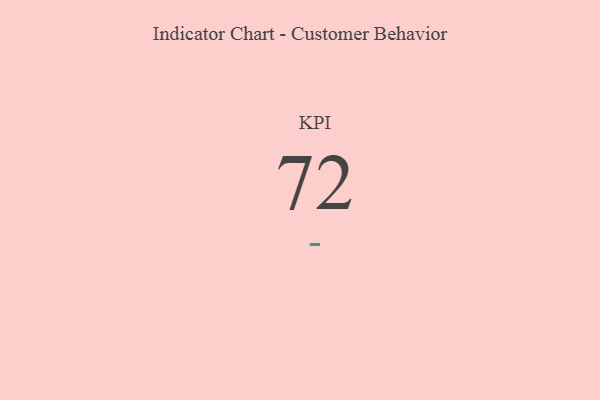
{"axis": {"x": "KPI", "y": "Value"}, "legend": [""], "data": [{"x": "KPI", "y": 72, "type": ""}]}